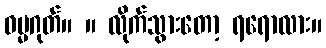
ဓမ္မဂုတ်။ ။ လိုက်သွားတော့ ရရောလား။